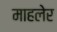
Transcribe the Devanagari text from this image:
माहलेर